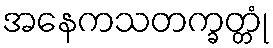
အနေကသတက္ခတ္တုံ